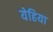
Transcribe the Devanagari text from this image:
येहिया